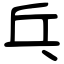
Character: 乓